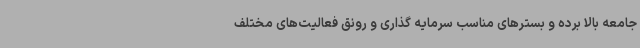
جامعه بالا برده و بسترهای مناسب سرمایه‌ گذاری و رونق فعالیت‌های مختلف